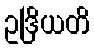
ဥဒြိယတိ